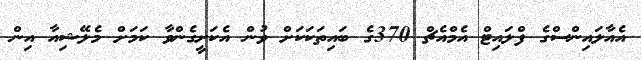
އެއާލައިންސްގެ ފްލައިޓް އެމްއެޗް 370ގެ ބައިތަކަކަށް ވުން އެކަށީގެންވާ ކަމަށް މެލޭޝިއާ އިން